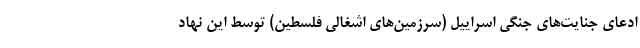
ادعای جنایت‌های جنگی اسراییل (سرزمین‌های اشغالی فلسطین) توسط این نهاد